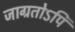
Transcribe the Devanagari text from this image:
जाग्रतोऽपि